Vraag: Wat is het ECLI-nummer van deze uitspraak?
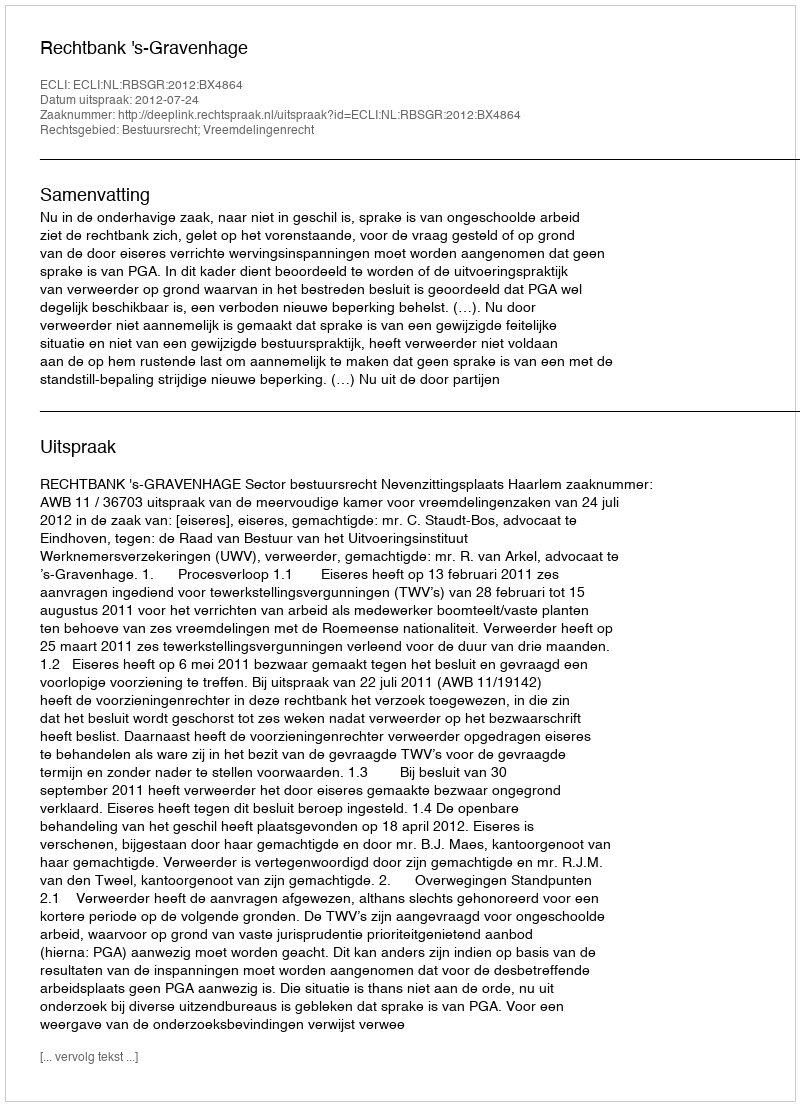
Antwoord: ECLI:NL:RBSGR:2012:BX4864